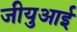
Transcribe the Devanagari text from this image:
जीयुआई